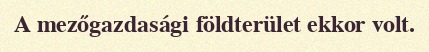
A mezőgazdasági földterület ekkor volt.